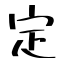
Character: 定